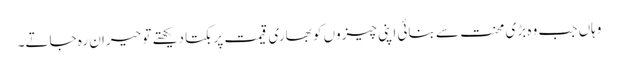
وہاں جب وہ بڑی محنت سے بنائی اپنی چیزوں کو بھاری قیمت پر بکتا دیکھتے تو حیران رہ جاتے۔